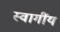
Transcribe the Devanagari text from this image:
स्वागींय